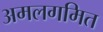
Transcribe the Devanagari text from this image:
अमलगमित